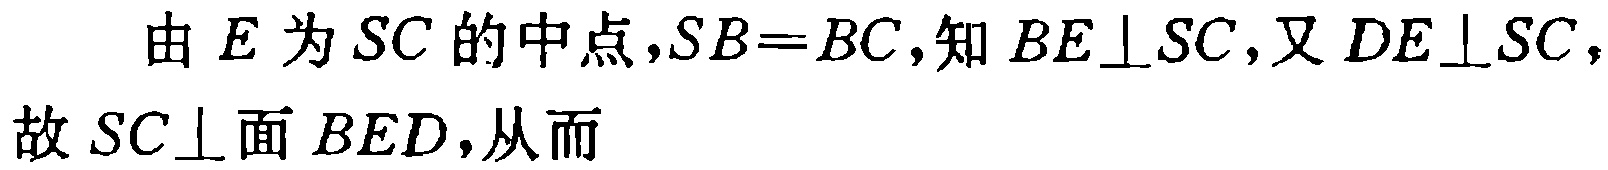
由\(E\)为\(SC\)的中点，\(SB = BC\)，知\(BE\perp SC\)，又\(DE\perp SC\)，故\(SC\perp\)面\(BED\)，从而